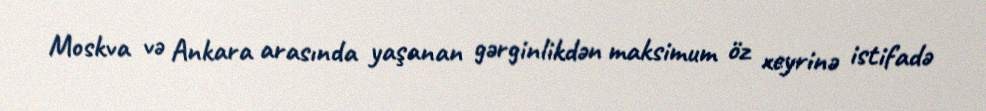
Moskva və Ankara arasında yaşanan gərginlikdən maksimum öz xeyrinə istifadə